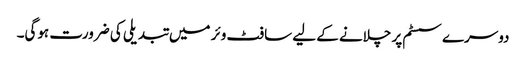
دوسرے سسٹم پر چلانے کے لیے سافٹ وئر میں تبدیلی کی ضرورت ہوگی۔